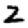
Digit: 2